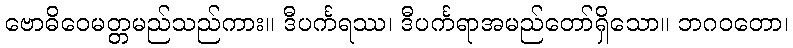
ဗောဓိဝေမတ္တမည်သည်ကား။ ဒီပင်္ကရဿ၊ ဒီပင်္ကရာအမည်တော်ရှိသော။ ဘဂဝတော၊